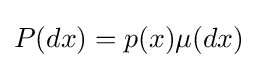
P(dx)=p(x)\mu (dx)